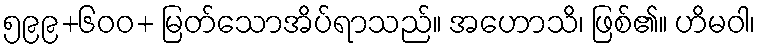
၅၉၉+၆၀၀+ မြတ်သောအိပ်ရာသည်။ အဟောသိ၊ ဖြစ်၏။ ဟိမဝါ၊